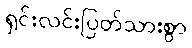
ရှင်းလင်းပြတ်သားစွာ